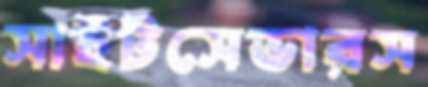
সাইটসেভারস